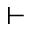
\vdash